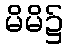
မိမိ၌